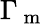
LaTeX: \Gamma_{\mathrm{~m~}}